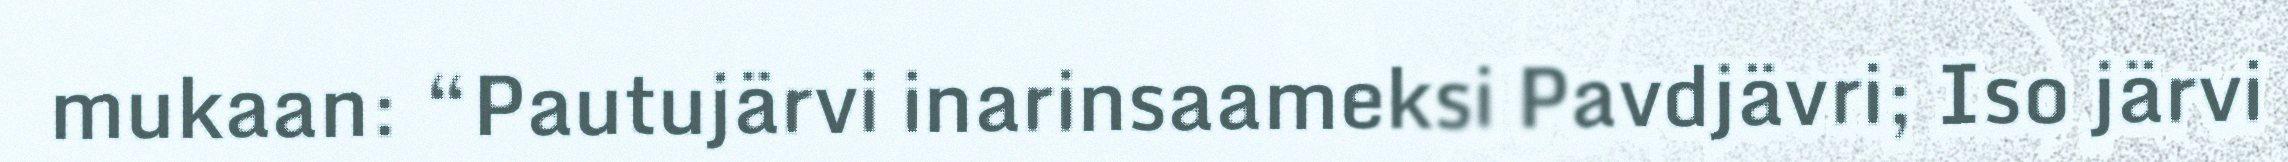
mukaan: “Pautujärvi inarinsaameksi Pavdjävri; Iso järvi